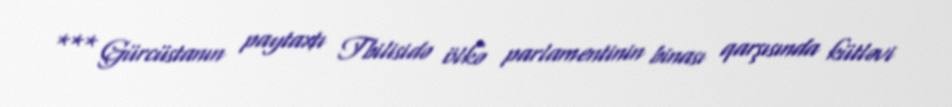
*** Gürcüstanın paytaxtı Tbilisidə ölkə parlamentinin binası qarşısında kütləvi